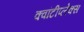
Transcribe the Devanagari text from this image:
क्वांटीप्लेक्स